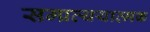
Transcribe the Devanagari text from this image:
सम्प्रत्ययात्मक